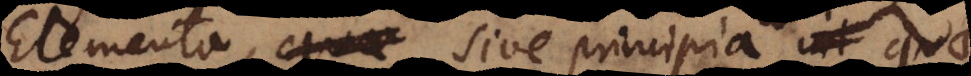
Elementa, quae sive principia int qua